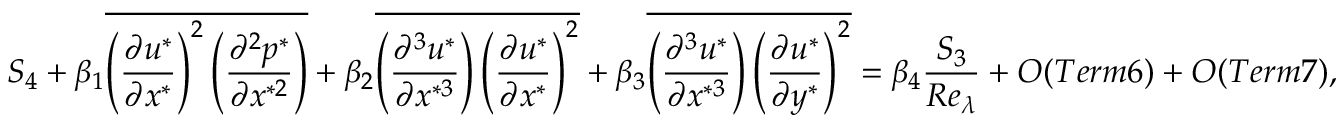
{ S _ { 4 } } + \beta _ { 1 } \overline { { { { \left( { \frac { { \partial { u ^ { * } } } } { { \partial { x ^ { * } } } } } \right) } ^ { 2 } } \left( { \frac { { { \partial ^ { 2 } } { p ^ { * } } } } { { \partial { x ^ { * 2 } } } } } \right) } } + \beta _ { 2 } \overline { { \left( \frac { \partial ^ { 3 } u ^ { * } } { \partial x ^ { * 3 } } \right) \left( \frac { \partial u ^ { * } } { \partial x ^ { * } } \right) ^ { 2 } } } + \beta _ { 3 } \overline { { \left( \frac { \partial ^ { 3 } u ^ { * } } { \partial x ^ { * 3 } } \right) \left( \frac { \partial u ^ { * } } { \partial y ^ { * } } \right) ^ { 2 } } } = { \beta _ { 4 } } \frac { { { S _ { 3 } } } } { { R { e _ { \lambda } } } } + { \cal O } ( T e r m 6 ) + { \cal O } ( T e r m 7 ) ,